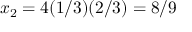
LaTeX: x _ { 2 } = 4 ( 1 / 3 ) ( 2 / 3 ) = 8 / 9